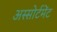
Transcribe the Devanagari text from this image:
अस्सोर्टमेंट